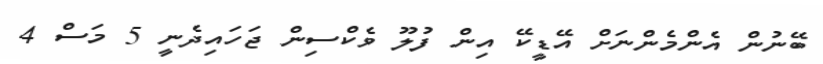
ބޭނުން އެންމެންނަށް އޭޑީކޭ އިން ފުލޫ ވެކްސިން ޖަހައިދެނީ 5 މަސް 4